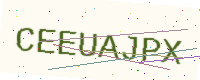
Text: CEEUAJPX